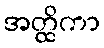
အတ္ထိကာ